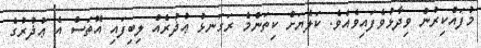
މުފައްކިރުން ވިދާޅުވެފައިވެއެވެ. ކަލެޔަށް ކިތަންމެ ރަގަނޅު ޢުޛުރެއް ލިބިފައި އޮތަސް އެ ޢުޛުރުގެ